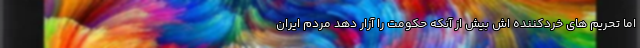
اما تحریم های خردکننده اش بیش از آنکه حکومت را آزار دهد مردم ایران